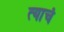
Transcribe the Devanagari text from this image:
त्‍याचं